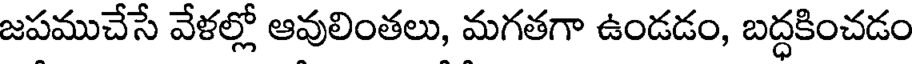
జపముచేసే వేళల్లో ఆవులింతలు, మగతగా ఉండడం, బద్ధకించడం